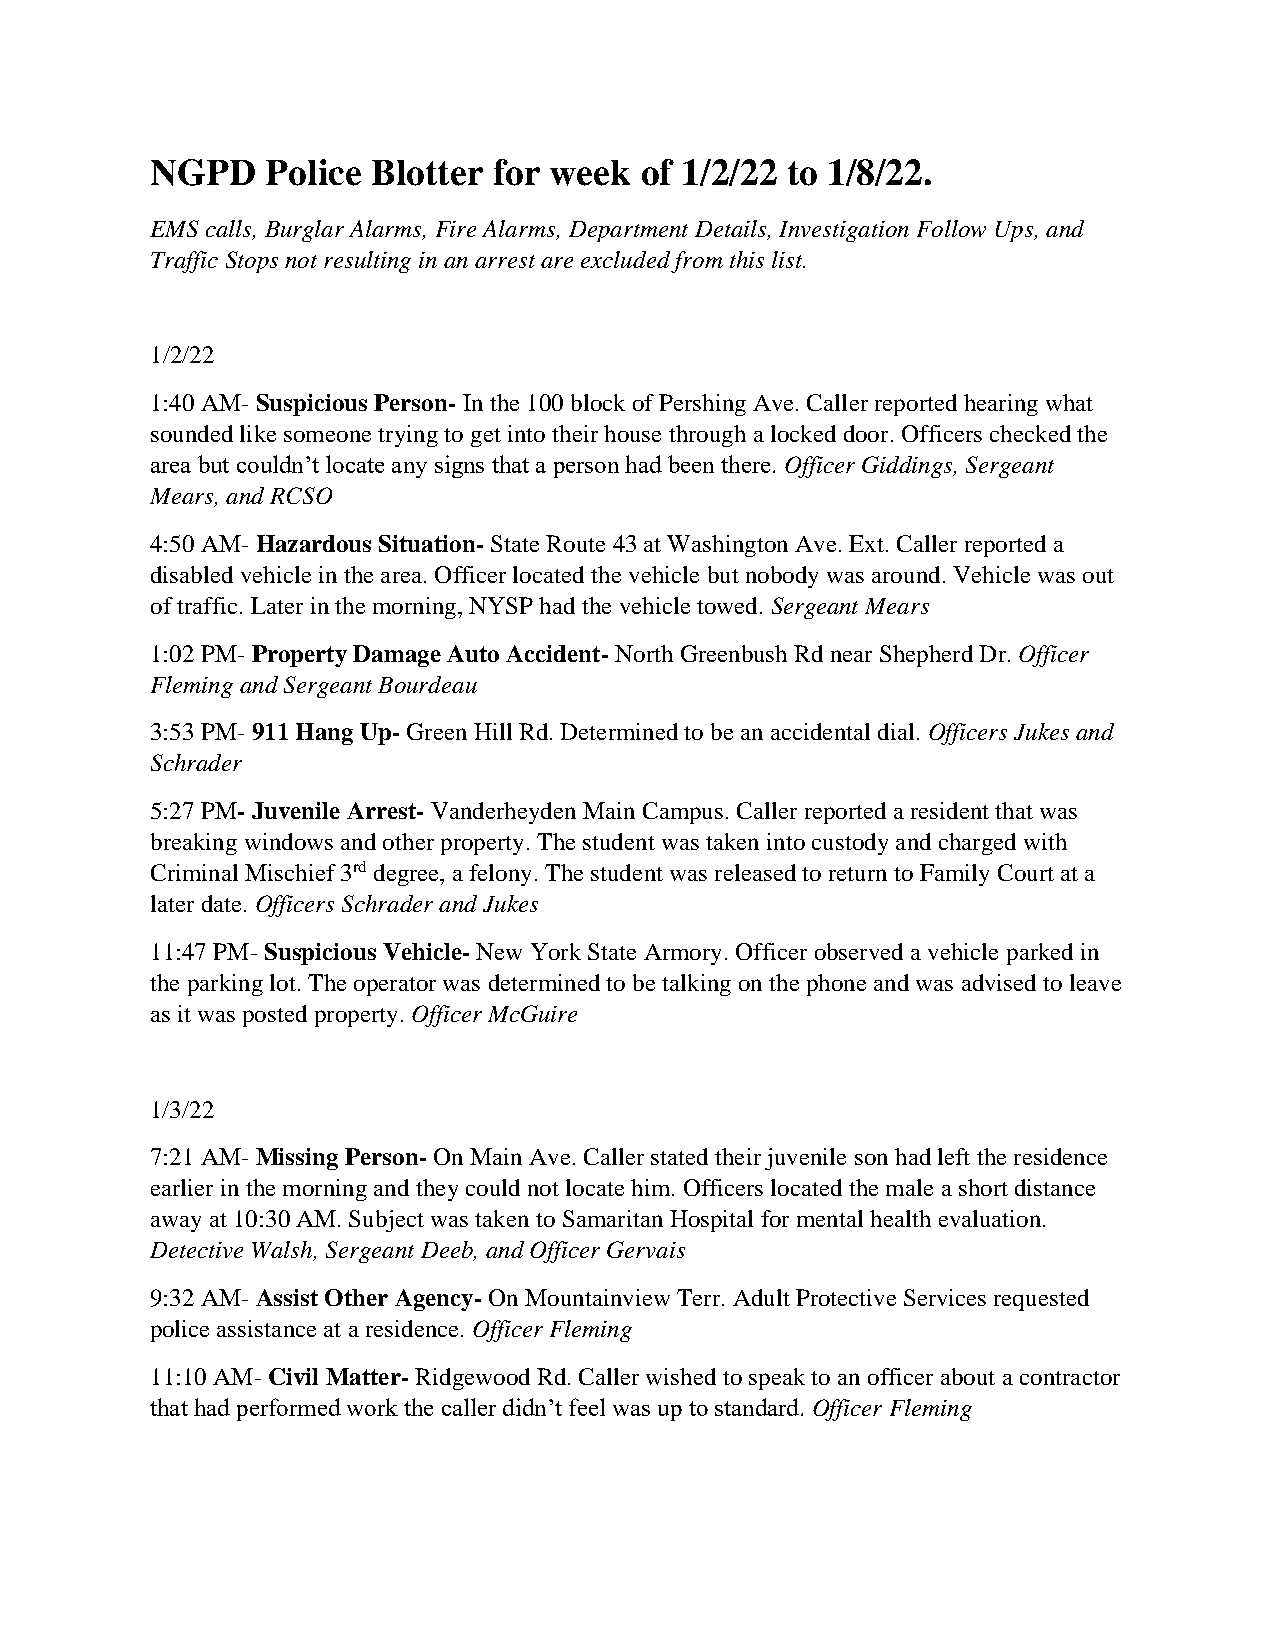
NGPD    Police Blotter for week of 1/2/22 to 1/8/22.
 EMS calls, Burglar Alarms, Fire Alarms, Department Details, Investigation Follow Ups, and
 Traffic Stops not resulting in an arrest are excluded from this list.
 1/2/22
 1:40 AM- Suspicious Person- In the 100 block of Pershing Ave. Caller reported hearing what
 sounded like someone trying to get into their house through a locked door. Officers checked the
 area but couldn’t locate any signs that a person had been there. Officer Giddings, Sergeant
 Mears, and RCSO
 4:50 AM- Hazardous Situation- State Route 43 at Washington Ave. Ext. Caller reported a
 disabled vehicle in the area. Officer located the vehicle but nobody was around. Vehicle was out
 of traffic. Later in the morning, NYSP had the vehicle towed. Sergeant Mears
 1:02 PM- Property Damage Auto Accident- North Greenbush Rd near Shepherd Dr. Officer
 Fleming and Sergeant Bourdeau
 3:53 PM- 911 Hang Up- Green Hill Rd. Determined to be an accidental dial. Officers Jukes and
 Schrader
 5:27 PM- Juvenile Arrest- Vanderheyden Main Campus. Caller reported a resident that was
 breaking windows and other property. The student was taken into custody and charged with
 Criminal Mischief 3rd degree, a felony. The student was released to return to Family Court at a
 later date. Officers Schrader and Jukes
 11:47 PM- Suspicious Vehicle- New York State Armory. Officer observed a vehicle parked in
 the parking lot. The operator was determined to be talking on the phone and was advised to leave
 as it was posted property. Officer McGuire
 1/3/22
 7:21 AM- Missing Person- On Main Ave. Caller stated their juvenile son had left the residence
 earlier in the morning and they could not locate him. Officers located the male a short distance
 away at 10:30 AM. Subject was taken to Samaritan Hospital for mental health evaluation.
 Detective Walsh, Sergeant Deeb, and Officer Gervais
 9:32 AM- Assist Other Agency- On Mountainview Terr. Adult Protective Services requested
 police assistance at a residence. Officer Fleming
 11:10 AM- Civil Matter- Ridgewood Rd. Caller wished to speak to an officer about a contractor
 that had performed work the caller didn’t feel was up to standard. Officer Fleming